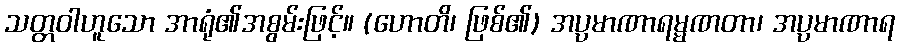
သတ္တဝါဟူသော အာရုံ၏အစွမ်းဖြင့်။ (ဟောတိ၊ ဖြစ်၏) အပ္ပမာဏာရမ္မဏတာ၊ အပ္ပမာဏာရ